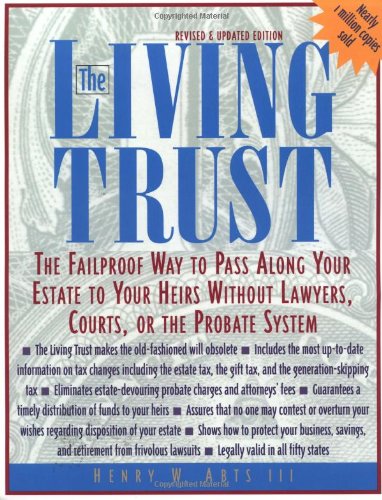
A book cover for The Living Trust : The Failproof Way to Pass Along Your Estate to Your Heirs; Henry Abts; Law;